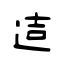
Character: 迼